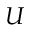
U